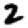
Digit: 2